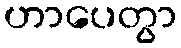
ဟာပေတွာ